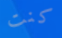
كنت